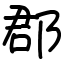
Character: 郡